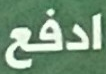
ادفع